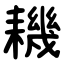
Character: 耭